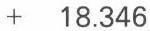
+  18.346